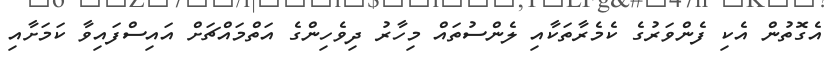
އެގޮތުން އެކި ފެންވަރުގެ ކެމެރާތަކާއި ލެންސުތައް މިހާރު ދިވެހިންގެ އަތްމައްޗަށް އައިސްފައިވާ ކަމަށާއި